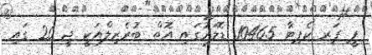
ޕީ ޕަރ ކެޕިޓާ 10465 ޑޮލަރުގައި އޮތް ބުރެޒިލްއަކީ ޖީ 20 ގައި